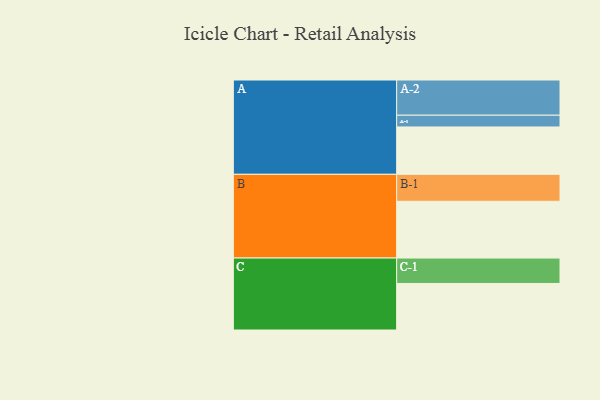
{"axis": {"x": "Segment", "y": "Value"}, "legend": ["", "A", "B", "C"], "data": [{"x": "A", "y": 339, "type": ""}, {"x": "B", "y": 406, "type": ""}, {"x": "C", "y": 333, "type": ""}, {"x": "A-1", "y": 84, "type": "A"}, {"x": "A-2", "y": 252, "type": "A"}, {"x": "B-1", "y": 193, "type": "B"}, {"x": "C-1", "y": 182, "type": "C"}]}